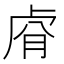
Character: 𮓢